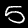
Label: 5